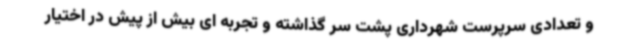
و تعدادی سرپرست شهرداری پشت سر گذاشته و تجربه ای بیش از پیش در اختیار